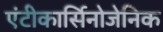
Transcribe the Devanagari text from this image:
एंटीकार्सिनोजेनिक